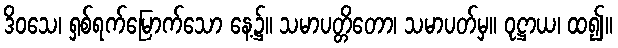
ဒိဝသေ၊ ရှစ်ရက်မြောက်သော နေ့၌။ သမာပတ္တိတော၊ သမာပတ်မှ။ ဝုဋ္ဌာယ၊ ထ၍။